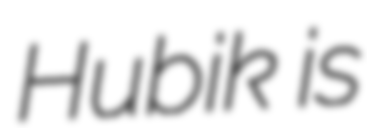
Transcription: Hubik is